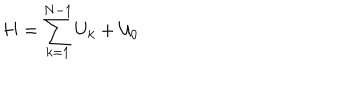
H = \sum _ { k = 1 } ^ { N - 1 } U _ { k } + { \cal U } _ { 0 }